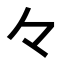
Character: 𠚤